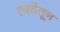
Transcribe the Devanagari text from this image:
त्वचेंतून